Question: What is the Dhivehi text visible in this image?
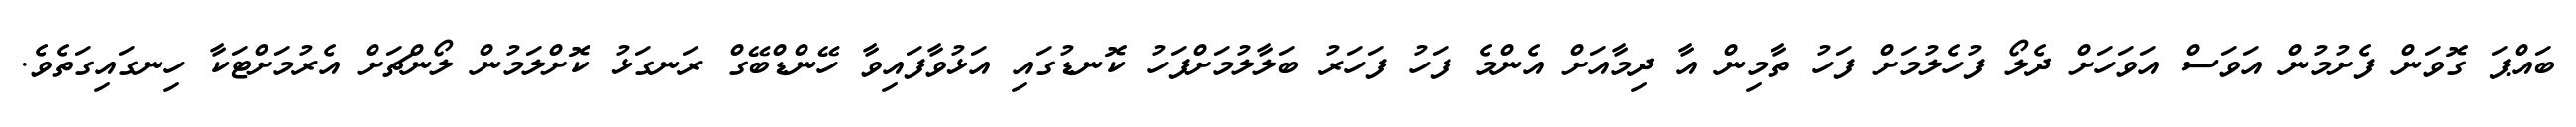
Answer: ބައްޕަ ގޮވަން ފެށުމުން އަވަސް އަވަހަށް ދެލޯ ފުހެލުމަށް ފަހު ތާމިން އާ ދިމާއަށް އެންމެ ފަހު ފަހަރު ބަލާލުމަށްފަހު ކޮނޑުގައި އަޅުވާފައިވާ ހޭންޑްބޭގް ރަނގަޅު ކޮށްލަމުން ލޯންޗަށް އެރުމަށްޓަކާ ހިނގައިގަތެވެ.